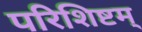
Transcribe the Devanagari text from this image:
परिशिष्टम्